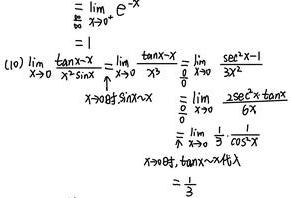
\begin{align*}
\(&=\lim_{x\rightarrow0^{+}}e^{-x}\)\\
\(&= 1\)\\
\((10)\quad&\lim_{x\rightarrow0}\frac{\tan x - x}{x^{2}\sin x}=\lim_{x\rightarrow0}\frac{\tan x - x}{x^{3}}=\lim_{x\rightarrow0}\frac{\sec^{2}x - 1}{3x^{2}}\)\\
\(&=\lim_{x\rightarrow0}\frac{\tan^{2}x}{3x^{2}}=\lim_{x\rightarrow0}\frac{\sec^{2}x\cdot\tan x}{6x}\)\\
\(&=\lim_{x\rightarrow0}\frac{1}{3}\cdot\frac{\tan x}{x}\cdot\frac{1}{\cos x}\)\\
\(&x\rightarrow0\)时\(,\frac{\tan x}{x}\rightarrow1\)代入\\
\(&=\frac{1}{3}\)\\
\end{align*}